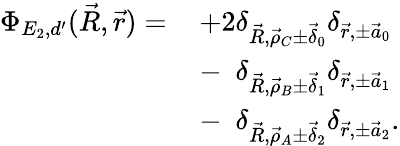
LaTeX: \begin{array}{rl}{\Phi_{E_{2},d^{\prime}}(\vec{R},\vec{r})=\, }&{+2\delta_{\vec{R},\vec{\rho}_{C}\pm\vec{\delta}_{0}}\delta_{\vec{r},\pm\vec{a}_{0}}}\\ &{-\phantom{2}\delta_{\vec{R},\vec{\rho}_{B}\pm\vec{\delta}_{1}}\delta_{\vec{r},\pm\vec{a}_{1}}}\\ &{-\phantom{2}\delta_{\vec{R},\vec{\rho}_{A}\pm\vec{\delta}_{2}}\delta_{\vec{r},\pm\vec{a}_{2}}.}\end{array}